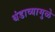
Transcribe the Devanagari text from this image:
थंडाव्यामुळे